Civil Veterinary Department Bengal reports 1933-51 - 1933-1951
Year: 1933
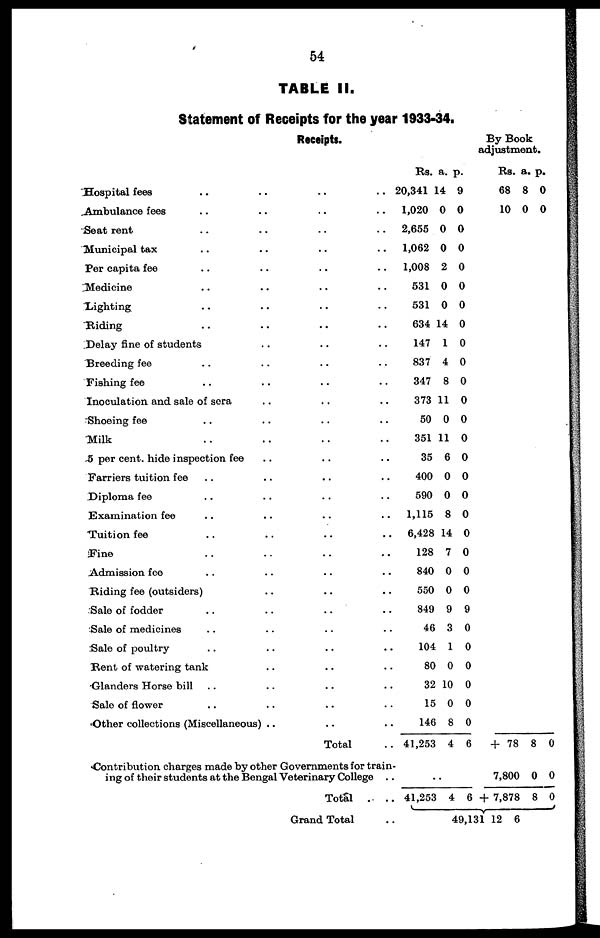
54
TABLE II.
Statement of Receipts for the year 1933-34.
Receipts.
Hospital fees .. .. .. ..
Ambulance fees .. .. .. ..
Seat rent .. .. .. ..
Municipal tax .. .. .. ..
Per capita fee .. .. .. ..
Medicine .. .. .. ..
Lighting .. .. .. ..
Riding .. .. .. ..
Delay fine of students .. .. ..
Breeding fee .. .. .. ..
Fishing fee .. .. .. ..
Inoculation and sale of sera .. .. ..
Shooing fee .. .. .. ..
Milk .. .. .. ..
5 per cent. hide inspection fee .. .. ..
Farriers tuition fee .. .. .. ..
Diploma fee .. .. .. ..
Examination fee .. .. .. ..
Tuition fee .. .. .. ..
Fine .. .. .. ..
Admission fee .. .. .. ..
Riding fee (outsiders) .. .. ..
Sale of fodder .. .. .. ..
Sale of medicines .. .. .. ..
Sale of poultry .. .. .. ..
Rent of watering tank .. .. ..
Glanders Horse bill .. .. .. ..
Sale of flower .. .. .. ..
Other collections (Miscellaneous) .. .. ..
Total ..
Contribution charges made by other Governments for train-
ing of their students at the Bengal Veterinary College ..
Total
.
..
Grand Total ..
Rs.
20,341
1,020
2,655
1,062
1,008
531
531
634
147
837
347
373
50
351
35
400
590
1,115
6,428
128
840
550
849
46
104
80
32
15
146
41,253
..
41,253
a.
14
0
0
0
2
0
0
14
1
4
8
11
0
11
6
0
0
8
14
7
0
0
9
3
1
0
10
0
8
4
4
p.
9
0
0
0
0
0
0
0
0
0
0
0
0
0
0
0
0
0
0
0
0
0
9
0
0
0
0
0
0
6
6
By Book
adjustment.
Rs.
68
10
+ 78
7,800
+ 7,878
a.
8
0
8
0
8
p.
0
0
0
0
0
49,131 12 6